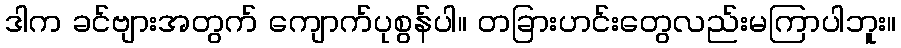
ဒါက ခင်ဗျားအတွက် ကျောက်ပုစွန်ပါ။ တခြားဟင်းတွေလည်းမကြာပါဘူး။